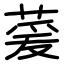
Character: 萲